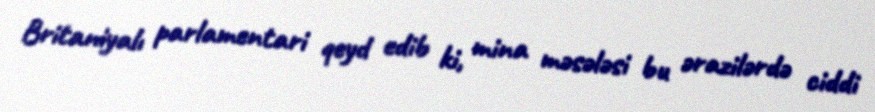
Britaniyalı parlamentari qeyd edib ki, mina məsələsi bu ərazilərdə ciddi